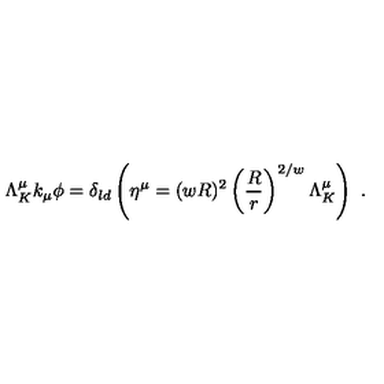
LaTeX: \Lambda _ { K } ^ { \mu } k _ { \mu } \phi = \delta _ { l d } \left( \eta ^ { \mu } = ( w R ) ^ { 2 } \left( { \frac { R } { r } } \right) ^ { 2 / w } \Lambda _ { K } ^ { \mu } \right) \ .